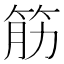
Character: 筋